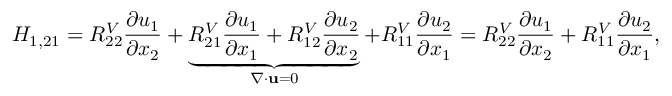
H _ { 1 , 2 1 } = R _ { 2 2 } ^ { V } \frac { \partial u _ { 1 } } { \partial x _ { 2 } } + \underbrace { R _ { 2 1 } ^ { V } \frac { \partial u _ { 1 } } { \partial x _ { 1 } } + R _ { 1 2 } ^ { V } \frac { \partial u _ { 2 } } { \partial x _ { 2 } } } _ { \nabla \cdot \mathbf { u } = 0 } + R _ { 1 1 } ^ { V } \frac { \partial u _ { 2 } } { \partial x _ { 1 } } = R _ { 2 2 } ^ { V } \frac { \partial u _ { 1 } } { \partial x _ { 2 } } + R _ { 1 1 } ^ { V } \frac { \partial u _ { 2 } } { \partial x _ { 1 } } ,